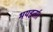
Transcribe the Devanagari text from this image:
भयहर्ता।